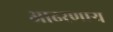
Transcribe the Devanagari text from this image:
आढरणार्‍य